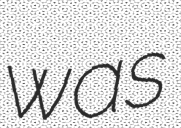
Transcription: was